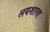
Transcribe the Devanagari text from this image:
लयशास्त्र